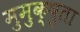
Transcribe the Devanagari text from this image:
मुमुक्षुता